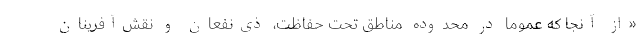
«از آنجا که عموماً در محدوده مناطق تحت حفاظت، ذی‌نفعان و نقش‌آفرینان